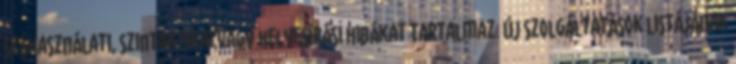
szóhasználati, szintaktikai vagy helyesírási hibákat tartalmaz. Új szolgáltatások listájának